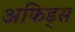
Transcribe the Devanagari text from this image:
अफिड्स